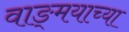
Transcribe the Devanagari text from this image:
वाङ्‍मयाच्या